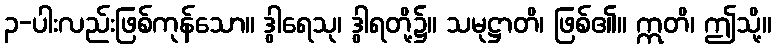
၃-ပါးလည်းဖြစ်ကုန်သော။ ဒွါရေသု၊ ဒွါရတို့၌။ သမုဋ္ဌာတိ၊ ဖြစ်၏။ ဣတိ၊ ဤသို့။